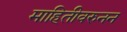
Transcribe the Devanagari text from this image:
माहितीवरुनन